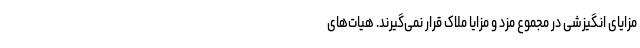
مزایای انگیزشی در مجموع مزد و مزایا ملاک قرار نمی‌گیرند. هیات‌های